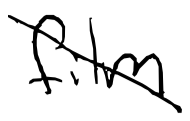
Text: film
Cross-out: diagonal
Writing tool: digital_black